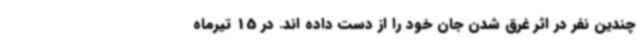
چندین نفر در اثر غرق شدن جان خود را از دست داده اند. در 15 تیرماه